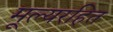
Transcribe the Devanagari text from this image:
मूल्यरहित